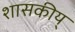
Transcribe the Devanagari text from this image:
शासकीय्